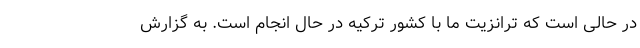
در حالی است که ترانزیت ما با کشور ترکیه در حال انجام است. به گزارش